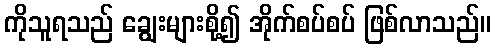
ကိုသူရသည် ချွေးများစို့၍ အိုက်စပ်စပ် ဖြစ်လာသည်။